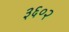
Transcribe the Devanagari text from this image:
३६०२